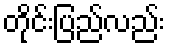
တိုင်းပြည်လည်း